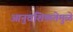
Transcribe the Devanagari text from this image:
आनुवंशिकतेमुळे